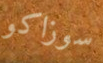
سوزاكو